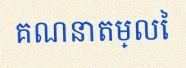
គណនាតម្លៃ